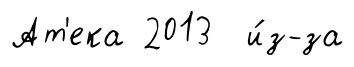
Ат'ека 2013 и́з-за